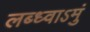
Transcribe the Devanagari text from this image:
लब्ध्वाऽमुं